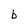
Character: b